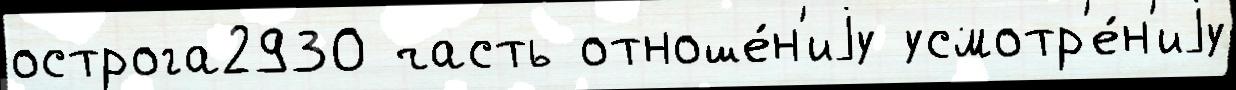
острога2930 часть отноше́н'иjу усмотр'е́н'иjу